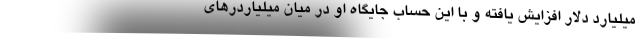
میلیارد دلار افزایش یافته و با این حساب جایگاه او در میان میلیاردرهای